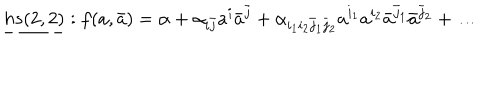
\underline { { { h s ( 2 , 2 ) } } } : f ( a , \bar { a } ) = \alpha + \alpha _ { i \bar { j } } a ^ { i } \bar { a } ^ { \bar { j } } + \alpha _ { i _ { 1 } i _ { 2 } \bar { j } _ { 1 } \bar { j } _ { 2 } } a ^ { i _ { 1 } } a ^ { i _ { 2 } } \bar { a } ^ { \bar { j } _ { 1 } } \bar { a } ^ { \bar { j } _ { 2 } } + \ldots